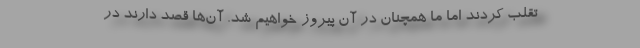
تقلب کردند اما ما همچنان در آن پیروز خواهیم شد. آن‌ها قصد دارند در